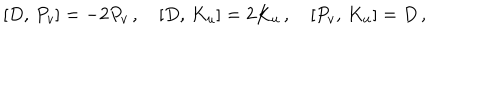
{ } [ D , \, P _ { v } ] = - 2 P _ { v } \, , \quad { } [ D , \, K _ { u } ] = 2 K _ { u } \, , \quad { } [ P _ { v } , \, K _ { u } ] = D \, ,